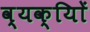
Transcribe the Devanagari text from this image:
व्यक्याेिं